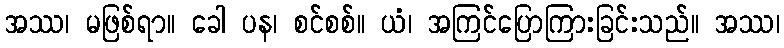
အဿ၊ မဖြစ်ရာ။ ခေါ ပန၊ စင်စစ်။ ယံ၊ အကြင်ပြောကြားခြင်းသည်။ အဿ၊